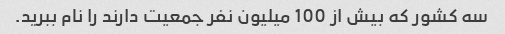
سه کشور که بیش از 100 میلیون نفر جمعیت دارند را نام ببرید.